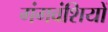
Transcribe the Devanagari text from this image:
गंगवंशियों